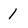
Character: 1